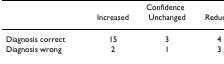
<table><thead><tr><td></td><td colspan="3"><b>Confidence</b></td></tr><tr><td></td><td><b>Increased</b></td><td><b>Unchanged</b></td><td><b>Reduced</b></td></tr></thead><tbody><tr><td>Diagnosis correct</td><td>15</td><td>3</td><td>4</td></tr><tr><td>Diagnosis wrong</td><td>2</td><td>1</td><td>3</td></tr></tbody></table>